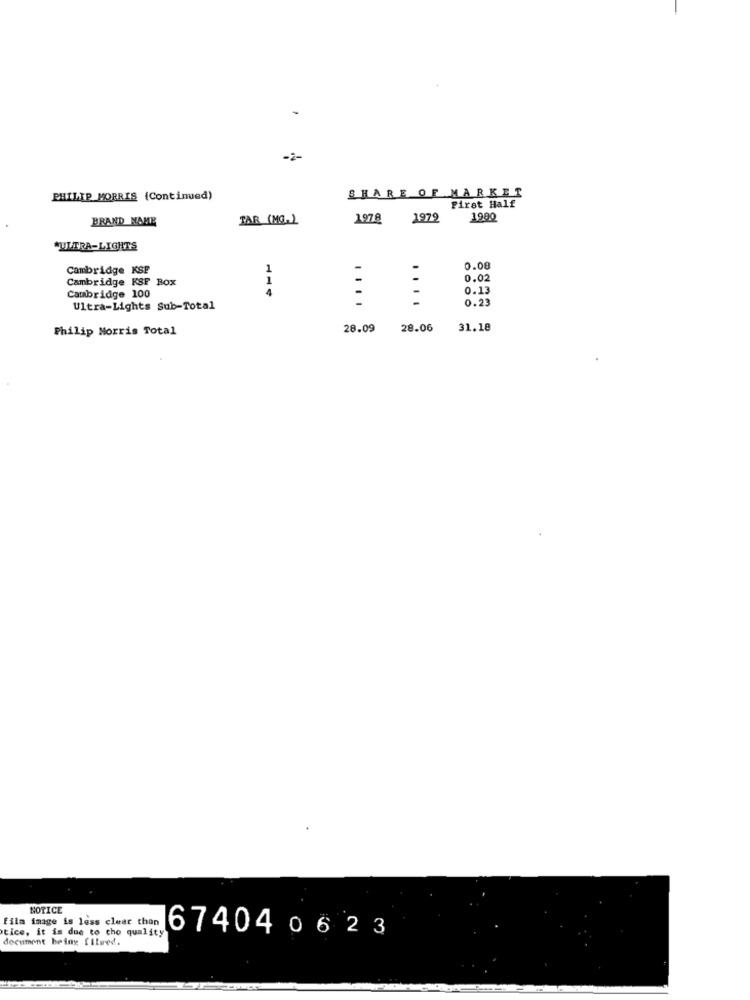
-2-
PHILIP MORRIS (Continued)
SHARE OF MARKET
First Half
BRAND NAME
FAR (MG.)
1978 1972
1900
*ULTRA-LIGHTS
Cambridge KSE
1
0.08
Cambridge KSF BOX
-
-
0.02
Cambridge 100
0.13
-
-
0.23
Ultra-Lights Sub-Total
Philip Morris Total
28.09
28.06
31.18
NOTICE
film image is less clear thon
tice, it is due to cho quality
document being [Ilved.
674040623